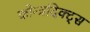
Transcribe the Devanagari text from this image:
कोन्त्रदिक्ट्स